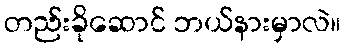
တည်းခိုဆောင် ဘယ်နားမှာလဲ။